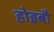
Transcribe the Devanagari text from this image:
होइबौ